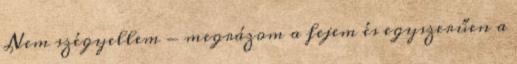
Nem szégyellem - megrázom a fejem és egyszerűen a